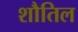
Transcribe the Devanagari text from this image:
शौतिल